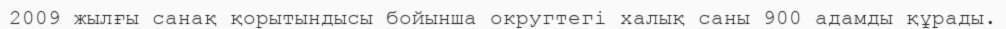
2009 жылғы санақ қорытындысы бойынша округтегі халық саны 900 адамды құрады.